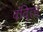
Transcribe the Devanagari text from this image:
वंदिता